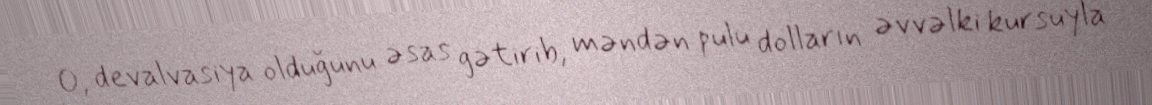
O, devalvasiya olduğunu əsas gətirib, məndən pulu dolların əvvəlki kursuyla